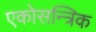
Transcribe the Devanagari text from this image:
एकोसन्त्रिक